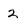
Character: 2